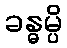
ခန္ဓမ္ပိ